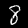
Label: 8